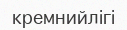
кремнийлігі